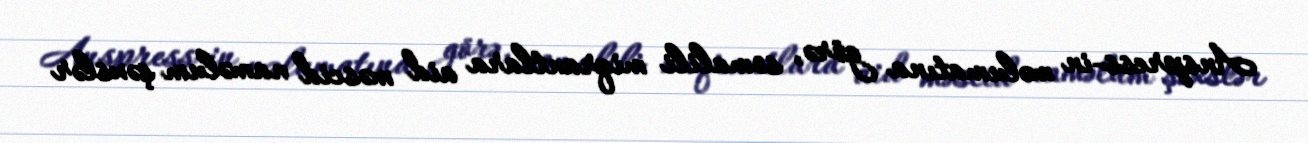
Anspress-in məlumatına görə, somalili miqrantlara aid məscid naməlum şəxslər